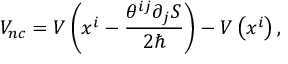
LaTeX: V _ { n c } = V \left( x ^ { i } - \frac { \theta ^ { i j } \partial _ { j } S } { 2 \hbar } \right) - V \left( x ^ { i } \right) ,